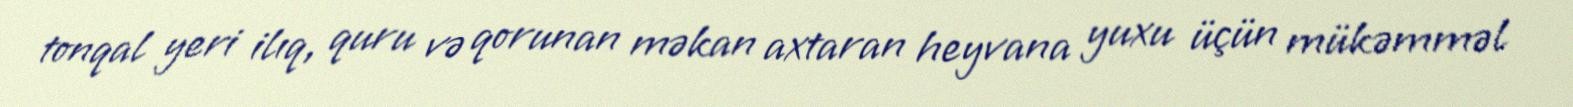
tonqal yeri ilıq, quru və qorunan məkan axtaran heyvana yuxu üçün mükəmməl